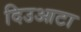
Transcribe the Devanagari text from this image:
दिउआटा